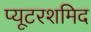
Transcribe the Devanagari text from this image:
प्यूटरशमिद